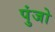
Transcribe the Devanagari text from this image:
पुंजो